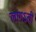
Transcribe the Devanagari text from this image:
लागऽती